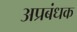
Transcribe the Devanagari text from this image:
अप्रबंधक